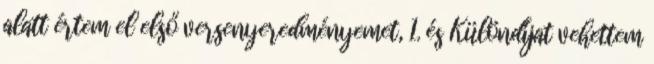
alatt értem el első versenyeredményemet, 1. és Különdíjat vehettem